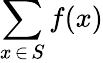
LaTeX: \sum_{x\mathop{\in}S}f(x)